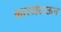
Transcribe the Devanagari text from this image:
कारंजेटाऊन